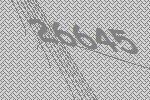
26645